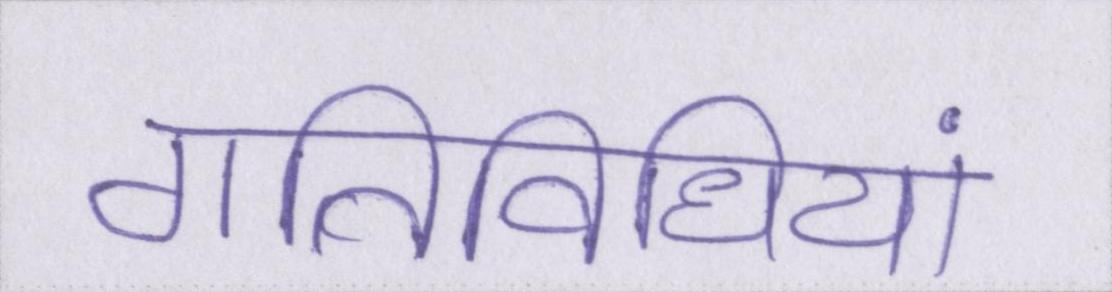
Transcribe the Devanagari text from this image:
गतिविधियां